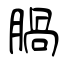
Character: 腡